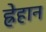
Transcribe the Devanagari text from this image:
ह्रेहान